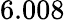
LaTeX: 6.008